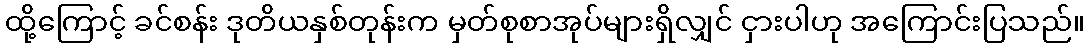
ထို့ကြောင့် ခင်စန်း ဒုတိယနှစ်တုန်းက မှတ်စုစာအုပ်များရှိလျှင် ငှားပါဟု အကြောင်းပြသည်။